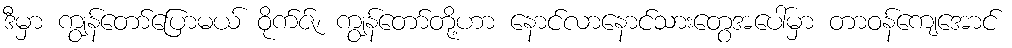
ဒီမှာ ကျွန်တော်ပြောမယ် ဝိုက်ဇ်၊ ကျွန်တော်တို့ဟာ နောင်လာနောင်သားတွေအပေါ်မှာ တာဝန်ကျေအောင်